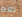
نعم